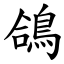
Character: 鴿